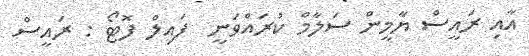
އާއި ރައީސް ޔާމީން ސަލާމް ކުރައްވަނީ  ފައިލް ފޮޓޯ : ރައީސް